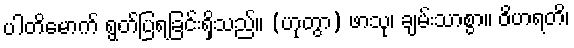
ပါတိမောက် ရွတ်ပြရခြင်းရှိသည်။ (ဟုတွာ) ဖာသု၊ ချမ်းသာစွာ။ ဝိဟရတိ၊